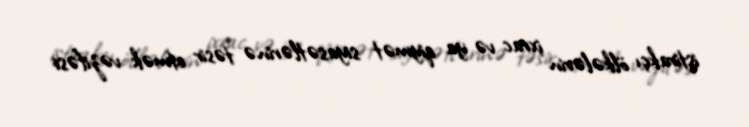
iştirakçı ölkələrin ixrac və ya qiymət siyasətlərinə təsir etmək vəzifəsi